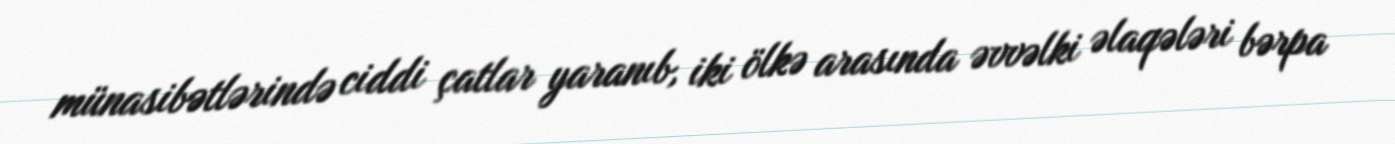
münasibətlərində ciddi çatlar yaranıb, iki ölkə arasında əvvəlki əlaqələri bərpa